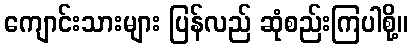
ကျောင်းသားများ ပြန်လည် ဆုံစည်းကြပါစို့။